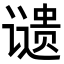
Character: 𬤦